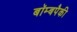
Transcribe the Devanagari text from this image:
बॉम्बपैकी